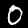
Label: 0